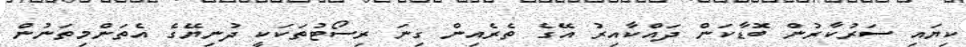
ކިޔައި ސަރުކާރުން ބޮޑާކަން ދައްކާއިރު އޭގެ ތެރެއިން ގިނަ ރިސޯޓުތަކަކީ ދުނިޔޭގެ އެތަންމިތަނުން